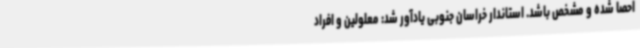
احصا شده و مشخص باشد. استاندار خراسان جنوبی یادآور شد: معلولین و افراد